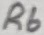
Text: R6